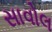
સાવોલ